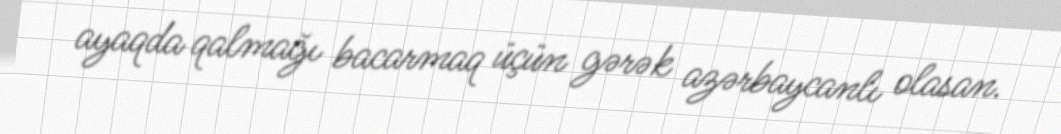
ayaqda qalmağı bacarmaq üçün gərək azərbaycanlı olasan.